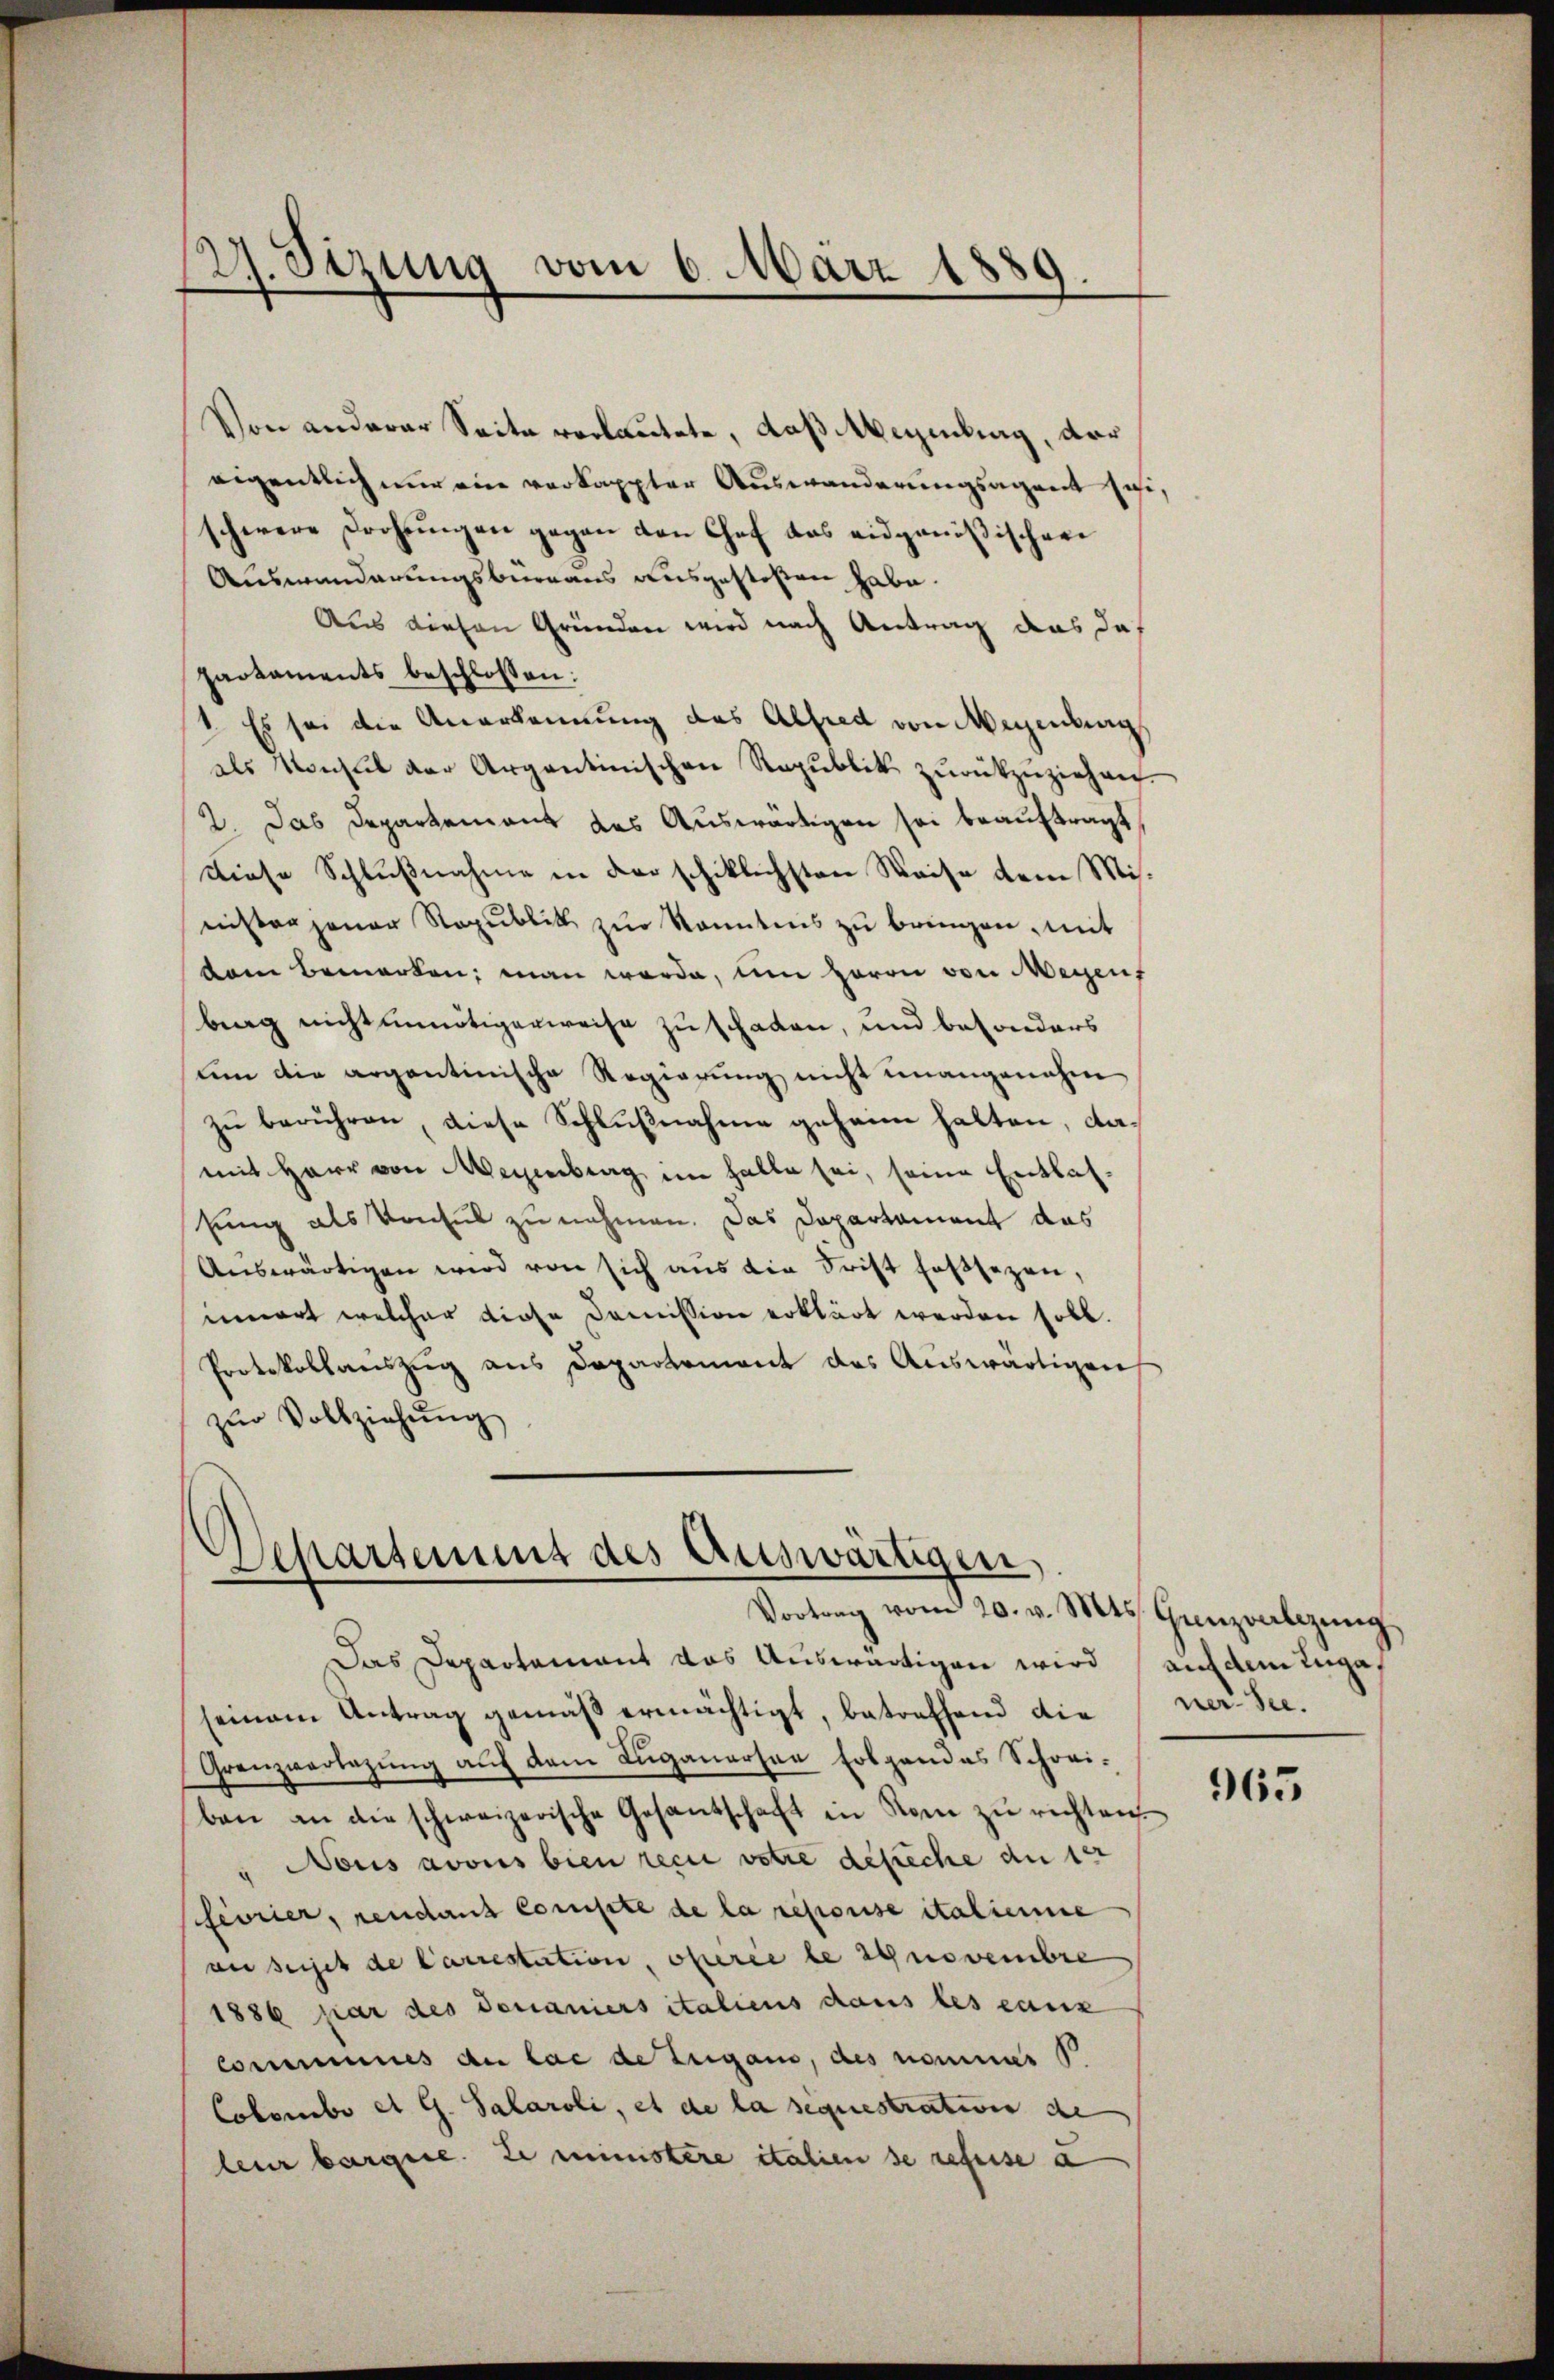
27. Stzung vom 6. März 1889.

Von anderer Seite verlautete, daß Wegenburg, der
eigentlich nur ein verkappter Auswanderungsagent sei,
schwere Drohungen gegen den Chef das eidgenößischen
Auswanderungsbureaus ausgestoßen habe.
Aus diesen Gründen wird nach Antrag das das
pactaments beschlossen:
1. Es sei die Anerkennung des Alfred von Magenburg
als Konsul der Argantinischen Republik zŭrückzŭziehen.
2. Das Departement das Auswärtigen sei beauftragt
Diese Schlußnahme in derschiklichsten Weise dem Misnister jener Republik zur Kenntnis zu bringen, mit
kam bemerken, man werde, um Herrn von Meyen
bing nicht unnötigerweise zu schaden, und besonders
um die argentinische Regierung nicht unangenehm
zu berühren, diese Schlußnahme geheim halten, damit Herr von Meienberg im Falle sei, seine Entlassung als Konsul zu nehmen. Das Departament das
Auswärtigen wird von sich aus die Frist fassezen,
innert welcher diese Domission erklärt werden soll.
Protokollauszug aus Departement des Auswärtigen
zŭr Vollziehŭng

Departement des Auswärtigen,
Vortrag vom 20. v. Mts. Genzoalizŭng

Das Departement das Auswärtigen wird
seinem Antrag gemäß ermächtigt, betreffend die
Grenzverlegung auf dem Luganersen Folgendes Schoriben an die schweizerische Gesantschaft in Rom zŭ richten.
Nous avous bien reci votire defeche an 10
fevrier, rendant compte de la reporise italienne
au sujet de Carrestation, oberei le synovembre
1886 par des donaniers italiens dans les canz
Communes der lac de Zugano, des nommer
Colombo et G. Salaroli, et de la sequestration de
leur bargie. Le ministere italien se refuse a

auf dem Zuga
ner See.

965